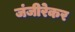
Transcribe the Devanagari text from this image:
जंजीरेकर